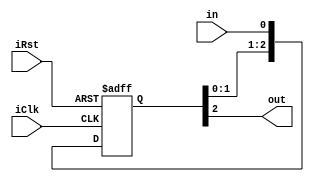

module metaSync (iClk, iRst,in,out);
parameter pSTAGE = 3;
parameter pRSTVAL = 1'b0;
parameter pRESET = 1'b0;
input iClk;
input in;
input iRst;
output out;

reg [pSTAGE-1:0] dff;
integer I;
wire reset;

assign reset = iRst^pRESET;

always@(posedge iClk or posedge iRst)
  if (iRst)
    begin 
      for(I=0;I<pSTAGE;I=I+1)
      begin 
        dff[I] <= pRSTVAL;
      end
    end 
  else 
    begin 
      dff <= {dff[pSTAGE-2:0], in};  
    end
  

  assign out = dff[pSTAGE-1];
endmodule